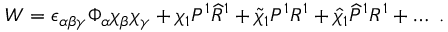
{ \cal W } = \epsilon _ { \alpha \beta \gamma } \Phi _ { \alpha } \chi _ { \beta } \chi _ { \gamma } + \chi _ { 1 } P ^ { 1 } { \widehat R } ^ { 1 } + { \widetilde \chi } _ { 1 } P ^ { 1 } R ^ { 1 } + { \widehat \chi } _ { 1 } { \widehat P } ^ { 1 } R ^ { 1 } + \dots ~ .